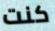
كنت